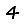
Digit: 4